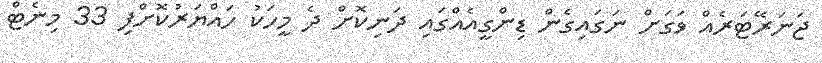
ޖަނަރޭޓަރެއް ވަގަށް ނަގައިގެން ޑިންގީއެއްގައި ދަނިކޮށް ދެ މީހަކު ހައްޔަރުކޮށްފި 33 މިނެޓް